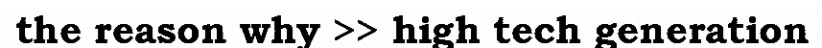
the reason why >> high tech generation